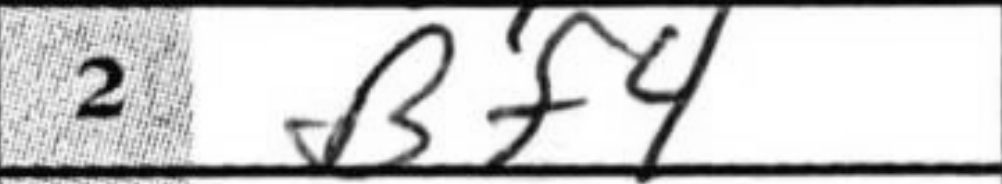
Transcription: Bf4